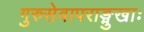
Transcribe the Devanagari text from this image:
गुरुसेवापराङ्मुखाः